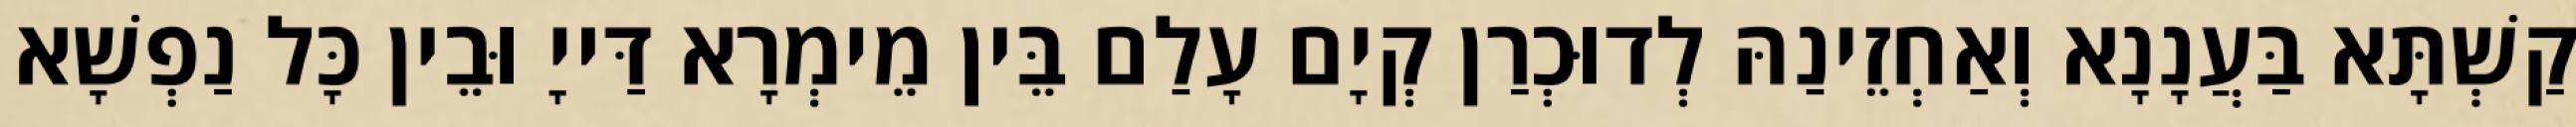
קַשְׁתָּא בַּעֲנָנָא וְאַחְזֵינַהּ לְדוּכְרַן קְיָם עָלַם בֵּין מֵימְרָא דַּייָ וּבֵין כָּל נַפְשָׁא